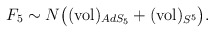
\begin{align*}F_5 \sim N\big(({\rm vol})_{AdS_{5}} + ({\rm vol})_{S^{5}}\big).\end{align*}